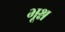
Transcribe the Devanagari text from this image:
भूश्न